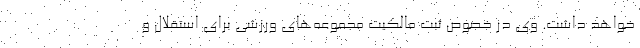
خواهد داشت. وی در خصوص ثبت مالکیت مجموعه‌های ورزشی برای استقلال و